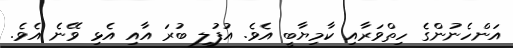
އަންހެނުންގެ ހިތްވަރާއި ކާމިޔާބީ އެވެ. އުފުލި ބުރަ އާއި އެޅި ވޭނެ އެވެ.